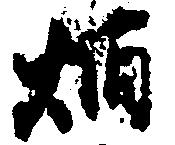
炳